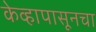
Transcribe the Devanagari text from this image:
केव्हापासूनचा